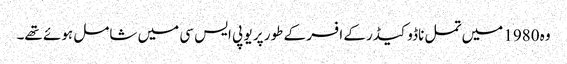
وہ 1980 میں تمل ناڈو کیڈر کے افسر کے طور پر یو پی ایس سی میں شامل ہوئے تھے۔